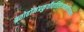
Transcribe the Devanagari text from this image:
ततोहोमंप्रकुर्वीततिलाज्येनविचक्षणः